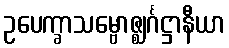
ဥပေက္ခာသမ္ဗောဇ္ဈင်္ဂဋ္ဌာနီယာ